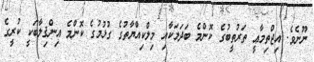
ނޫނެވެ. އިޖްތިމާޢީ ތަރުތީބުގެ ކޮންމެ ބަދަލަކާއި މިލްކިއްޔާތުގެ ގުޅުމުގެ ކޮންމެ އިންޤިލާބަކީ ކުރީގެ